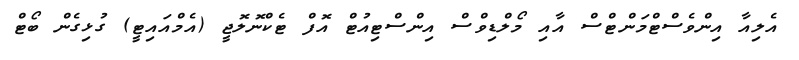
އެލިއާ އިންވެސްޓްމަންޓްސް އާއި މޯލްޑިވްސް އިންސްޓިއުޓް އޮފް ޓެކްނޮލޮޖީ (އެމްއައިޓީ) ގުޅިގެން ބޯޓް